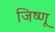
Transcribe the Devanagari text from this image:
जिष्णू